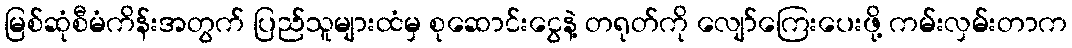
မြစ်ဆုံစီမံကိန်းအတွက် ပြည်သူများထံမှ စုဆောင်းငွေနဲ့ တရုတ်ကို လျော်ကြေးပေးဖို့ ကမ်းလှမ်းတာက